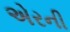
એરની